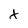
Character: X